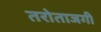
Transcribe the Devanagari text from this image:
तरोताजगी